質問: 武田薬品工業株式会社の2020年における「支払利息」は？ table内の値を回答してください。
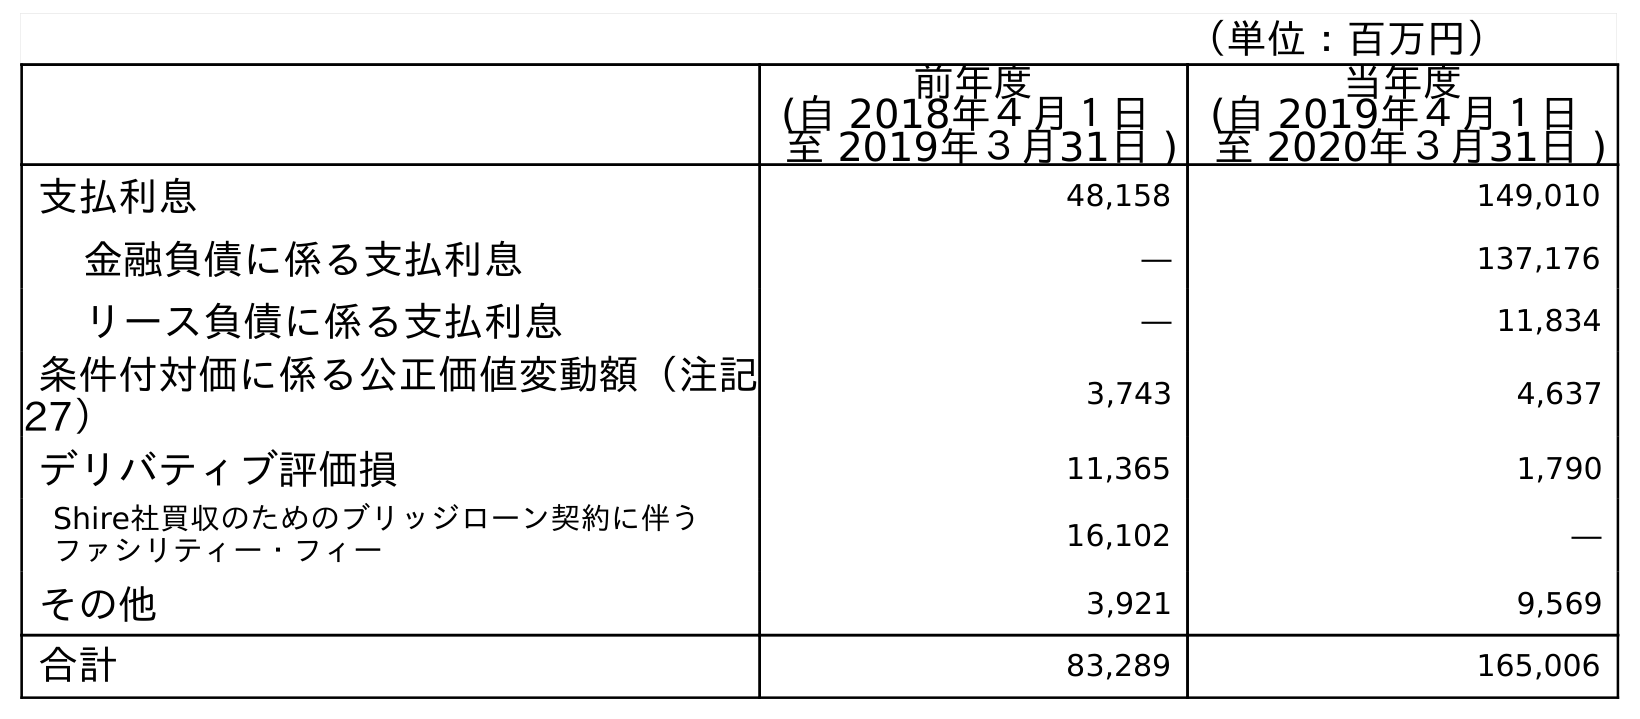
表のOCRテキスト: （単位：百万円） 前年度 (自 2018年４月１日 至 2019年３月31日 ) 当年度 (自 2019年４月１日 至 2020年３月31日 ) 支払利息 48,158 149,010 金融負債に係る支払利息 ― 137,176 リース負債に係る支払利息 ― 11,834 条件付対価に係る公正価値変動額（注記 27） 3,743 4,637 デリバティブ評価損 11,365 1,790 Shire社買収のためのブリッジローン契約に伴う ファシリティー・フィー 16,102 ― その他 3,921 9,569 合計 83,289 165,006
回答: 149,010